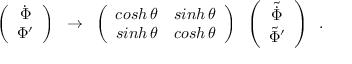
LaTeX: \left( \begin{array} { c } { { \dot { \Phi } } } \\ { { \Phi ^ { \prime } } } \end{array} \right) \; \; \rightarrow \; \; \left( \begin{array} { c c } { { c o s h \, \theta } } & { { s i n h \, \theta } } \\ { { s i n h \, \theta } } & { { c o s h \, \theta } } \end{array} \right) \; \; \left( \begin{array} { c } { { \tilde { \dot { \Phi } } } } \\ { { \tilde { \Phi } ^ { \prime } } } \end{array} \right) \; \; .